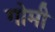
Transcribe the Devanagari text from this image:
गोमी